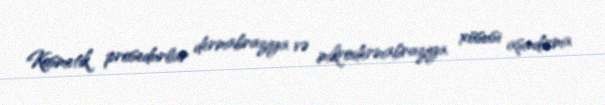
Kosmetik prosedurlar dermabraziya və mikrodermabraziya xüsusi aşındırma